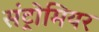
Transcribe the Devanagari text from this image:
संट्रोमियर